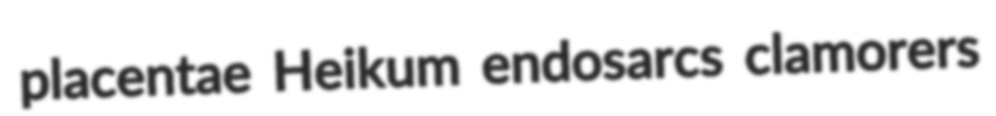
placentae Heikum endosarcs clamorers